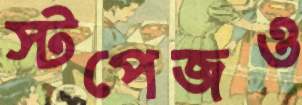
স্টপেজও